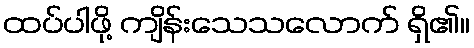
ထပ်ပါဖို့ ကျိန်းသေသလောက် ရှိ၏။